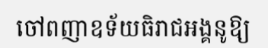
ចៅពញាឧទ័យធិរាជអង្គនូឱ្យ